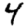
Digit: 4